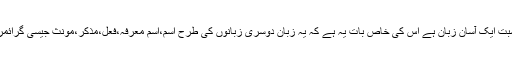
چینی زبان دنیا کی ہر زبان کی بہ نسبت ایک آسان زبان ہے اس کی خاص بات یہ ہے کہ یہ زبان دوسری زبانوں کی طرح اسم،اسم معرفہ،فعل،مذکر،مونث جیسی گرائمر کی مشکل اصطلاحات نہیں رکھتی۔